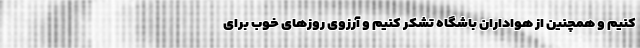
کنیم و همچنین از هواداران باشگاه تشکر کنیم و آرزوی روزهای خوب برای